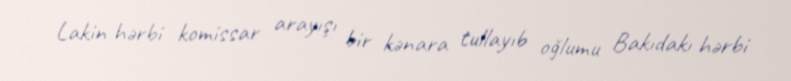
Lakin hərbi komissar arayışı bir kənara tullayıb oğlumu Bakıdakı hərbi